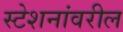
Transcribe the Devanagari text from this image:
स्टेशनांवरील